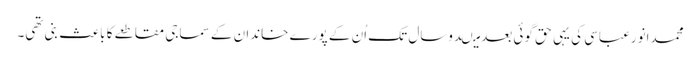
محمدانورعباسی کی یہی حق گوئی بعد میںدوسال تک اُن کے پورے خاندان کے سماجی مقاطعے کا باعث بنی تھی۔